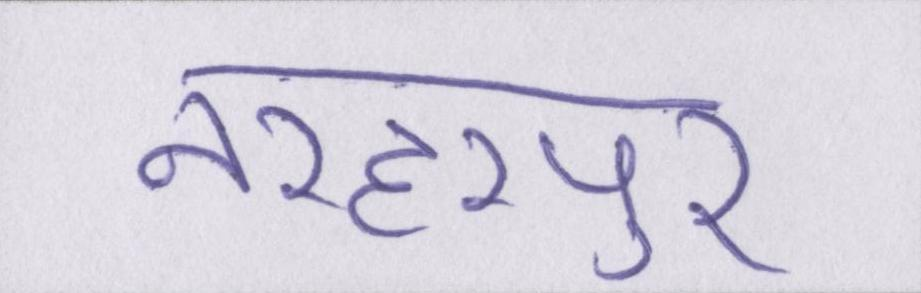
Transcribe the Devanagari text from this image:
नरहरपुर